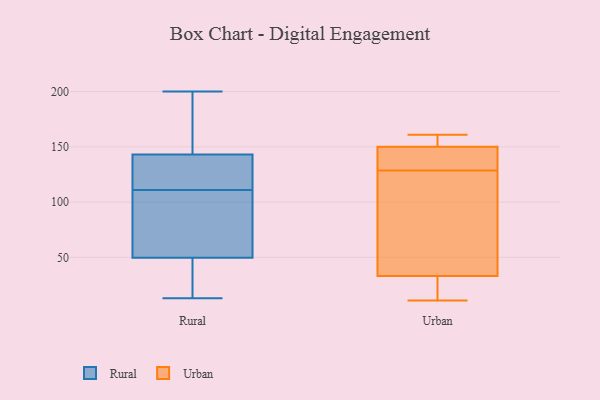
{"axis": {"x": "Energy Usage (MWh)", "y": "Value"}, "legend": ["Rural", "Urban"], "data": [{"x": "", "y": 187, "type": "Rural"}, {"x": "", "y": 187, "type": "Rural"}, {"x": "", "y": 172, "type": "Rural"}, {"x": "", "y": 131, "type": "Rural"}, {"x": "", "y": 34, "type": "Rural"}, {"x": "", "y": 147, "type": "Rural"}, {"x": "", "y": 58, "type": "Rural"}, {"x": "", "y": 200, "type": "Rural"}, {"x": "", "y": 119, "type": "Rural"}, {"x": "", "y": 48, "type": "Rural"}, {"x": "", "y": 13, "type": "Rural"}, {"x": "", "y": 139, "type": "Rural"}, {"x": "", "y": 22, "type": "Rural"}, {"x": "", "y": 50, "type": "Rural"}, {"x": "", "y": 68, "type": "Rural"}, {"x": "", "y": 109, "type": "Rural"}, {"x": "", "y": 98, "type": "Rural"}, {"x": "", "y": 49, "type": "Rural"}, {"x": "", "y": 135, "type": "Rural"}, {"x": "", "y": 113, "type": "Rural"}, {"x": "", "y": 17, "type": "Urban"}, {"x": "", "y": 15, "type": "Urban"}, {"x": "", "y": 143, "type": "Urban"}, {"x": "", "y": 160, "type": "Urban"}, {"x": "", "y": 154, "type": "Urban"}, {"x": "", "y": 136, "type": "Urban"}, {"x": "", "y": 33, "type": "Urban"}, {"x": "", "y": 65, "type": "Urban"}, {"x": "", "y": 150, "type": "Urban"}, {"x": "", "y": 109, "type": "Urban"}, {"x": "", "y": 161, "type": "Urban"}, {"x": "", "y": 11, "type": "Urban"}, {"x": "", "y": 143, "type": "Urban"}, {"x": "", "y": 121, "type": "Urban"}]}